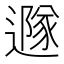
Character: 𨗎